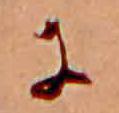
に